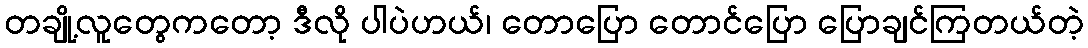
တချို့လူတွေကတော့ ဒီလို ပါပဲဟယ်၊ တောပြော တောင်ပြော ပြောချင်ကြတယ်တဲ့